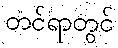
တင်ရာတွင်